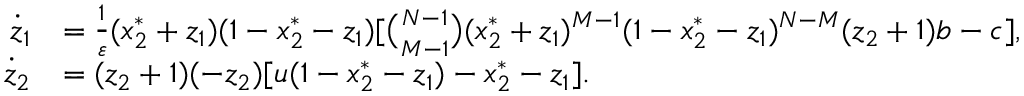
\begin{array} { r l } { \dot { z } _ { 1 } } & { = \frac { 1 } { \varepsilon } ( x _ { 2 } ^ { * } + z _ { 1 } ) ( 1 - x _ { 2 } ^ { * } - z _ { 1 } ) [ \binom { N - 1 } { M - 1 } ( x _ { 2 } ^ { * } + z _ { 1 } ) ^ { M - 1 } ( 1 - x _ { 2 } ^ { * } - z _ { 1 } ) ^ { N - M } ( z _ { 2 } + 1 ) b - c ] , } \\ { \dot { z } _ { 2 } } & { = ( z _ { 2 } + 1 ) ( - z _ { 2 } ) [ u ( 1 - x _ { 2 } ^ { * } - z _ { 1 } ) - x _ { 2 } ^ { * } - z _ { 1 } ] . } \end{array}